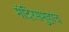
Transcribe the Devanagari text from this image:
मंदिरसमुहाचे